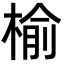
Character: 榆